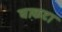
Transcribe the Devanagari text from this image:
घाकटा